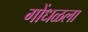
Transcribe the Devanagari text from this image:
गोंधळला